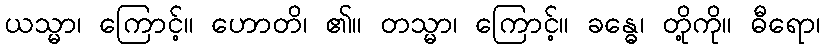
ယသ္မာ၊ ကြောင့်။ ဟောတိ၊ ၏။ တသ္မာ၊ ကြောင့်။ ခန္ဓေ၊ တို့ကို။ ဓီရော၊